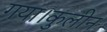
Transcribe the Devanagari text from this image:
गया।कुलीन